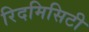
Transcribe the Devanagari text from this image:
रिदमिसिटी